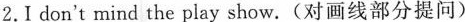
2.Ⅰ \underline{don't mind} the play show.(对画线部分提问)